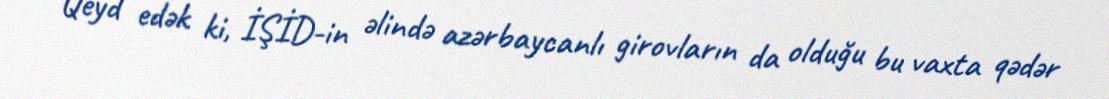
Qeyd edək ki, İŞİD-in əlində azərbaycanlı girovların da olduğu bu vaxta qədər